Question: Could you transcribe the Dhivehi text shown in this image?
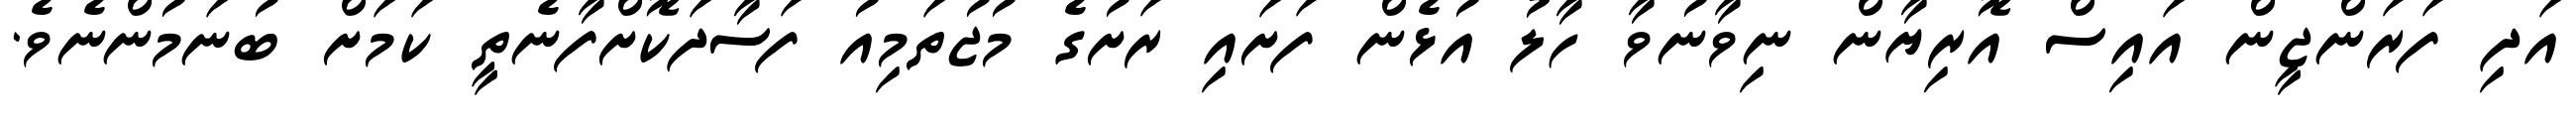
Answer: އަދި ފަރަންޖީން އައިސް އޮރިޔާން ނިވާނުވާ ހާލު އުޅެން ފަށައި ރަށުގެ މުޖުތަމިއު ފަސާދަކޮށްފާނެތީ ކަމަށް ބުނަމުންނެވެ.